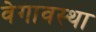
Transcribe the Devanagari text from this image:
वेगावस्था